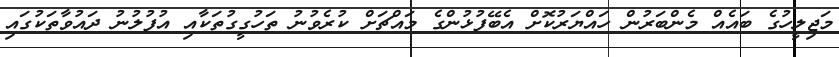
މަޖިލީހުގެ ބައެއް މެންބަރުން ހައްޔަރުކޮށް އެބޭފުޅުންގެ މައްޗަށް ކުރެވުނު ތަހުގީގުތަކާއި އުފުލުނު ދައުވާތަކުގައި